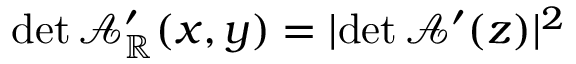
\operatorname* { d e t } \mathcal { A } _ { \mathbb { R } } ^ { \prime } ( x , y ) = | \! \operatorname* { d e t } \mathcal { A } ^ { \prime } ( z ) | ^ { 2 }